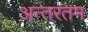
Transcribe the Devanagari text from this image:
अन्तरतम